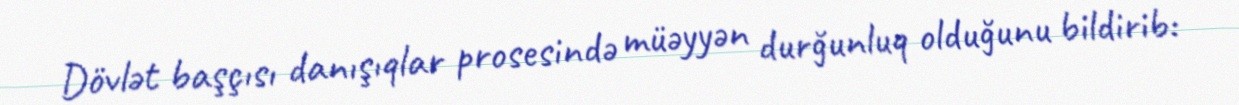
Dövlət başçısı danışıqlar prosesində müəyyən durğunluq olduğunu bildirib: